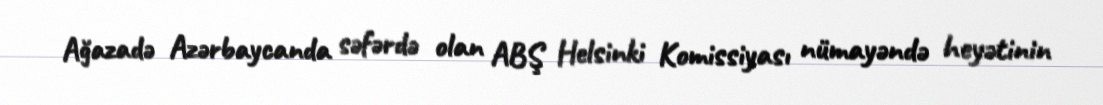
Ağazadə Azərbaycanda səfərdə olan ABŞ Helsinki Komissiyası nümayəndə heyətinin